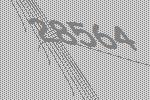
28564